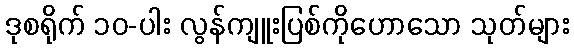
ဒုစရိုက် ၁၀-ပါး လွန်ကျူးပြစ်ကိုဟောသော သုတ်များ